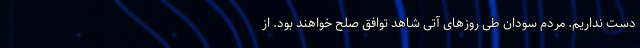
دست نداریم. مردم سودان طی روزهای آتی شاهد توافق صلح خواهند بود. از